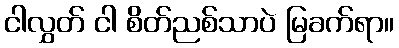
ငါလွှတ် ငါ စိတ်ညစ်သာပဲ မြခက်ရာ။